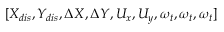
[ { X _ { d i s } } , { Y _ { d i s } } , \Delta X , \Delta Y , { U _ { x } } , { U _ { y } } , { \omega _ { t } } , { \omega _ { t } } , { \omega _ { t } } ]